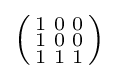
\left({\begin{smallmatrix}1&0&0\\1&0&0\\1&1&1\end{smallmatrix}}\right)